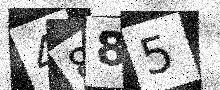
Text: 4885